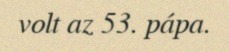
volt az 53. pápa.